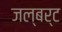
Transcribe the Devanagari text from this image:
जल्बर्ट